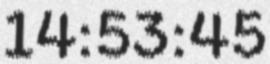
14:53:45